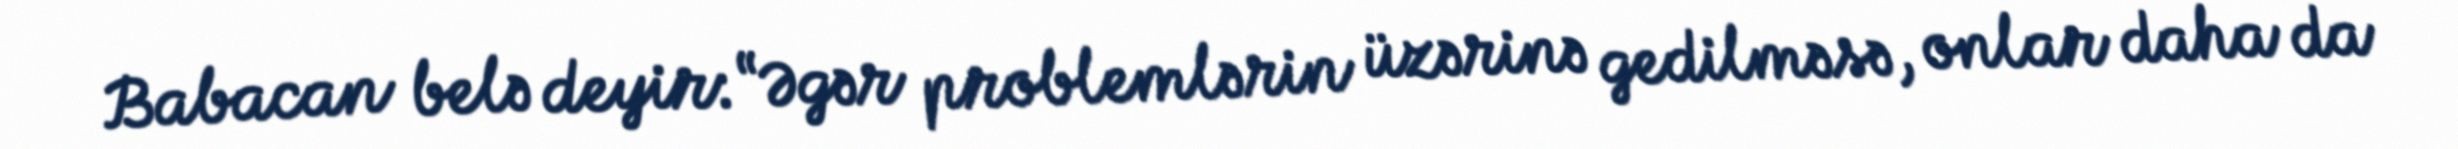
Babacan belə deyir: “Əgər problemlərin üzərinə gedilməsə, onlar daha da